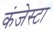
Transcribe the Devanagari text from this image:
कंजेस्टा